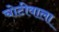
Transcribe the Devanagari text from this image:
चोटीवाला